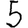
Digit: 5